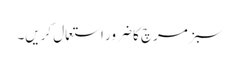
سبز مرچ کا ضرور استعمال کریں۔